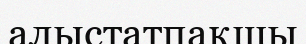
алыстатпақшы